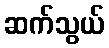
ဆက်သွယ်